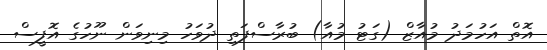
އޮތް އަހުމަދު މުއާޒް (ގަޓު މުއާ) ބުރާސްފަތި ދުވަހު މިނިވަން ނޫހުގެ އޮފީސް